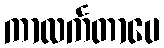
ကာလင်္ကတာပေ